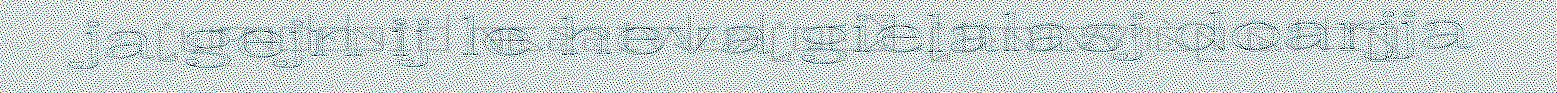
ja gejn ij le heva gielalasj doarjja